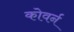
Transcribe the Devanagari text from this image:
कोवर्न